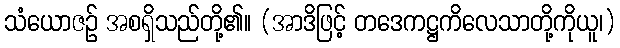
သံယောဇဉ် အစရှိသည်တို့၏။ (အာဒိဖြင့် တဒေကဋ္ဌကိလေသာတို့ကိုယူ၊)